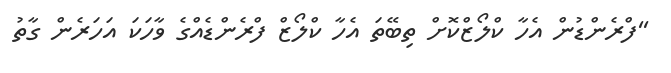
''ފްރެންޑުން އެހާ ކްލޯޒްކޮށް ތިބޭތަ އެހާ ކްލޯޒް ފްރެންޑެއްގެ ވާހަކަ އަހަރެން ގާތު